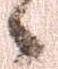
候